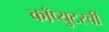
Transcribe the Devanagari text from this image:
काँप्युटरची